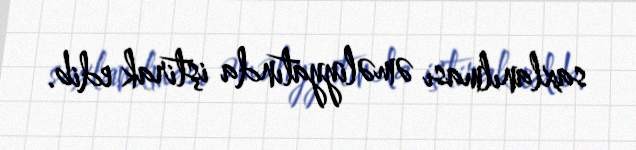
saxlanılması əməliyyatında iştirak edib.